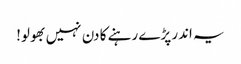
یہ اندر پڑے رہنے کا دن نہیں بھولو!